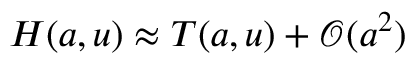
H ( a , u ) \approx T ( a , u ) + { \mathcal { O } } ( a ^ { 2 } )